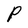
Character: P